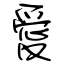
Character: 愛